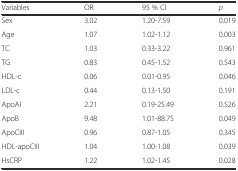
<table><thead><tr><td><b>Variables</b></td><td><b>OR</b></td><td><b>95 % CI</b></td><td><b><i>p</i></b></td></tr></thead><tbody><tr><td>Sex</td><td>3.02</td><td>1.20-7.59</td><td>0.019</td></tr><tr><td>Age</td><td>1.07</td><td>1.02-1.12</td><td>0.003</td></tr><tr><td>TC</td><td>1.03</td><td>0.33-3.22</td><td>0.961</td></tr><tr><td>TG</td><td>0.83</td><td>0.45-1.52</td><td>0.543</td></tr><tr><td>HDL-c</td><td>0.06</td><td>0.01-0.95</td><td>0.046</td></tr><tr><td>LDL-c</td><td>0.44</td><td>0.13-1.50</td><td>0.191</td></tr><tr><td>ApoAI</td><td>2.21</td><td>0.19-25.49</td><td>0.526</td></tr><tr><td>ApoB</td><td>9.48</td><td>1.01-88.75</td><td>0.049</td></tr><tr><td>ApoCIII</td><td>0.96</td><td>0.87-1.05</td><td>0.345</td></tr><tr><td>HDL-apoCIII</td><td>1.04</td><td>1.00-1.08</td><td>0.039</td></tr><tr><td>HsCRP</td><td>1.22</td><td>1.02-1.45</td><td>0.028</td></tr></tbody></table>